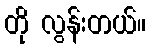
တို လွန်းတယ်။